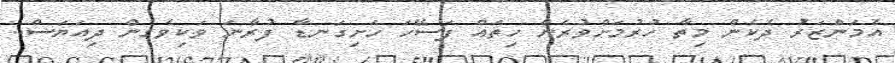
އެމަންޒަރު ދެކެން މިތާ ހުރުމަށްވުރެން ހިތައް ފަސޭހަ ހަށިގަނޑާ ފުރާނަ ވަކިވެގެން ދިއަޔަސް..